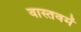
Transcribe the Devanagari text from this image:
वास्तवमें